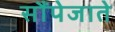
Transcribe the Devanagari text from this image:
सौंपेजाते